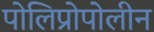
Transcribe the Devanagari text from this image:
पोलिप्रोपोलीन